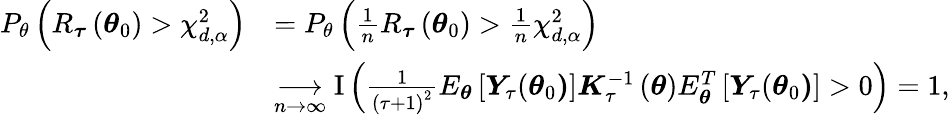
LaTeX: \begin{array}{rl}{P_{\theta}\left(R_{\boldsymbol{\tau}}\left(\boldsymbol{\theta}_{0}\right)>\chi_{d,\alpha}^{2}\right)}&{=P_{\theta}\left(\frac{1}{n}R_{\boldsymbol{\tau}}\left(\boldsymbol{\theta}_{0}\right)>\frac{1}{n}\chi_{d,\alpha}^{2}\right)}\\ &{\underset{n\rightarrow\infty}{\longrightarrow}\mathrm{I}\left(\frac{1}{\left(\tau+1\right)^{2}}E_{\boldsymbol{\theta}}\left[\boldsymbol{Y}_{\tau}(\boldsymbol{\theta}_{0}\boldsymbol{)}\right]\boldsymbol{K}_{\tau}^{-1}\left(\boldsymbol{\theta}\right)E_{\boldsymbol{\theta}}^{T}\left[\boldsymbol{Y}_{\tau}(\boldsymbol{\theta}_{0}\boldsymbol{)}\right]>0\right)=1,}\end{array}